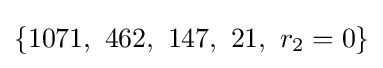
\{1071,\ 462,\ 147,\ 21,\ r_{2}=0\}